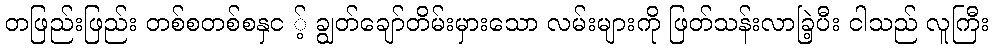
တဖြည်းဖြည်း တစ်စတစ်စနှင ့် ချွတ်ချော်တိမ်းမှားသော လမ်းများကို ဖြတ်သန်းလာခြဲ့ပီး ငါသည် လူကြီး